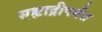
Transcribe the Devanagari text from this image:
सह्याद्रीपर्यंत